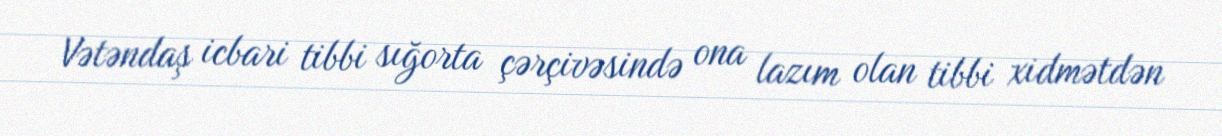
Vətəndaş icbari tibbi sığorta çərçivəsində ona lazım olan tibbi xidmətdən